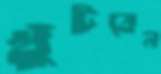
খুঁটবেন